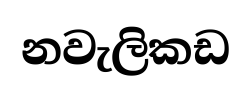
නවැලිකඩ